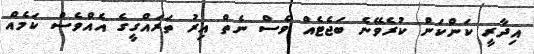
އިދާރީ ކަންކަން ކުރެވޭނެ ބަޖެޓެއް ވެސް ނެތް އިރު ތަރައްގީގެ އެއްވެސް ކަމެއް